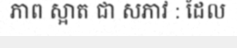
ភាព ស្អាត ជា សភាវ : ដែល